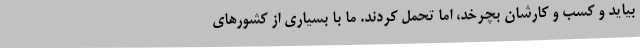
بیاید و کسب و کارشان بچرخد، اما تحمل کردند. ما با بسیاری از کشورهای